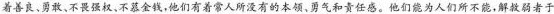
着善良、勇敢、不畏强权、不慕金钱，他们有着常人所没有的本领、勇气和责任感。他们能为人们所不能，解救弱者于